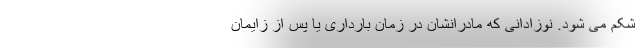
شکم می شود. نوزادانی که مادرانشان در زمان بارداری یا پس از زایمان